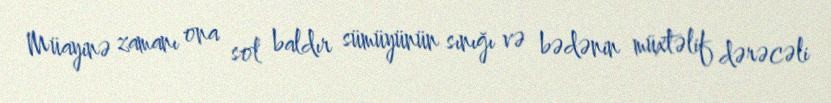
Müayinə zamanı ona sol baldır sümüyünün sınığı və bədənin müxtəlif dərəcəli